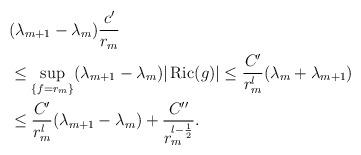
LaTeX: \begin{align*} \begin{aligned} &(\lambda_{m+1}-\lambda_m)\frac{c'}{r_m}\\ &\leq\sup _{\{f=r_{m}\}}(\lambda_{m+1}-\lambda_m)|\operatorname{Ric}(g)|\leq \frac{C'}{r_m^l}(\lambda_m+\lambda_{m+1})\\ &\leq\frac{C'}{r_m^l}(\lambda_{m+1}-\lambda_m)+\frac{C''}{r_m^{l-\frac{1}{2}}}. \end{aligned} \end{align*}